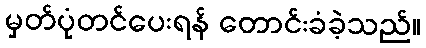
မှတ်ပုံတင်ပေးရန် တောင်းခံခဲ့သည်။